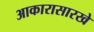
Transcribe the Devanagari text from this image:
आकारासारखे